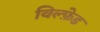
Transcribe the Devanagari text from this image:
विल्फ़ेड